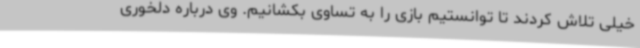
خیلی تلاش کردند تا توانستیم بازی را به تساوی بکشانیم. وی درباره دلخوری